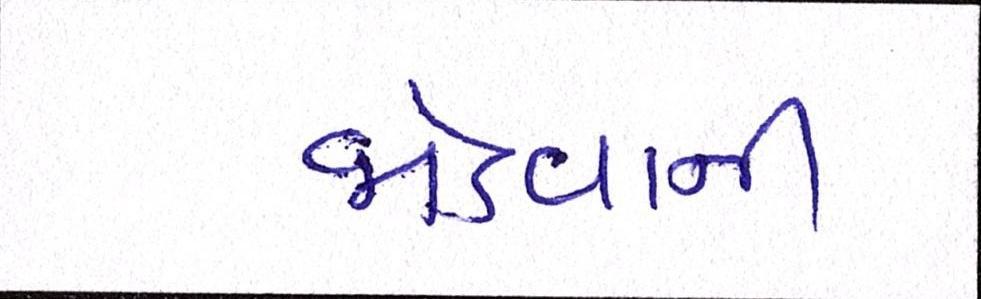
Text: જોડવાની